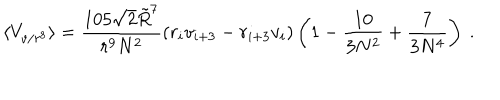
\langle V _ { v / r ^ { 8 } } \rangle = { \frac { 1 0 5 \sqrt { 2 } \tilde { R } ^ { 7 } } { r ^ { 9 } N ^ { 2 } } } ( r _ { i } v _ { i + 3 } - r _ { i + 3 } v _ { i } ) \left( 1 - { \frac { 1 0 } { 3 N ^ { 2 } } } + { \frac { 7 } { 3 N ^ { 4 } } } \right) \ .